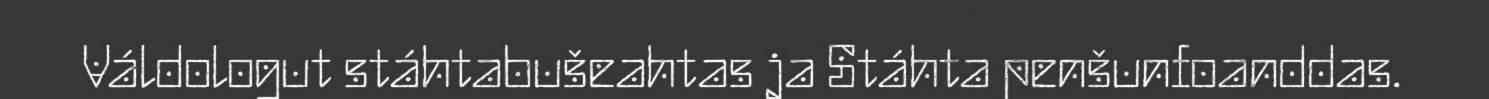
Váldologut stáhtabušeahtas ja Stáhta penšunfoanddas.